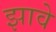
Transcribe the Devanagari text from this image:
झावे